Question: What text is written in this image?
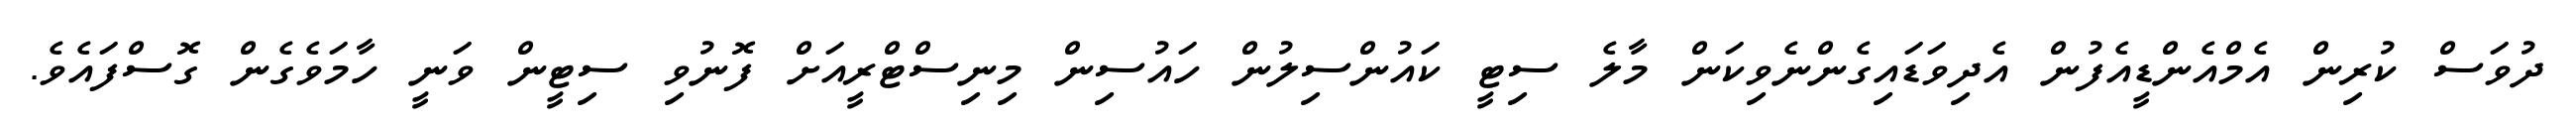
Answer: ދުވަސް ކުރިން އެމްއެންޑީއެފުން އެދިވަޑައިގެންނެވިކަން މާލެ ސިޓީ ކައުންސިލުން ހައުސިން މިނިސްޓްރީއަށް ފޮނުވި ސިޓީން ވަނީ ހާމަވެގެން ގޮސްފައެވެ.